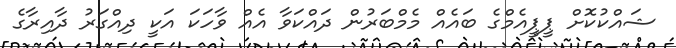
ޝައްކުކޮށް ޕީޕީއެމްގެ ބައެއް މެމްބަރުން ދައްކަވާ އެއް ވާހަކަ އަކީ ދިއްގަރު ދާއިރާގެ